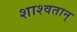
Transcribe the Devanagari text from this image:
शाश्वतान्